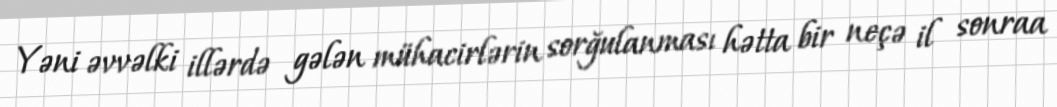
Yəni əvvəlki illərdə gələn mühacirlərin sorğulanması hətta bir neçə il sonraa